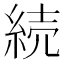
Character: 続